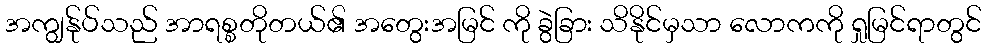
အကျွန်ုပ်သည် အာရစ္စတိုတယ်၏ အတွေးအမြင် ကို ခွဲခြား သိနိုင်မှသာ လောကကို ရှုမြင်ရာတွင်